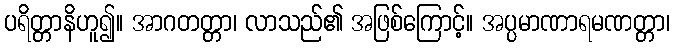
ပရိတ္တာနိဟူ၍။ အာဂတတ္တာ၊ လာသည်၏ အဖြစ်ကြောင့်။ အပ္ပမာဏာရမဏတ္တာ၊